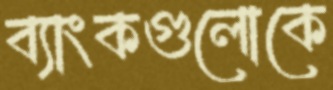
ব্যাংকগুলোকে